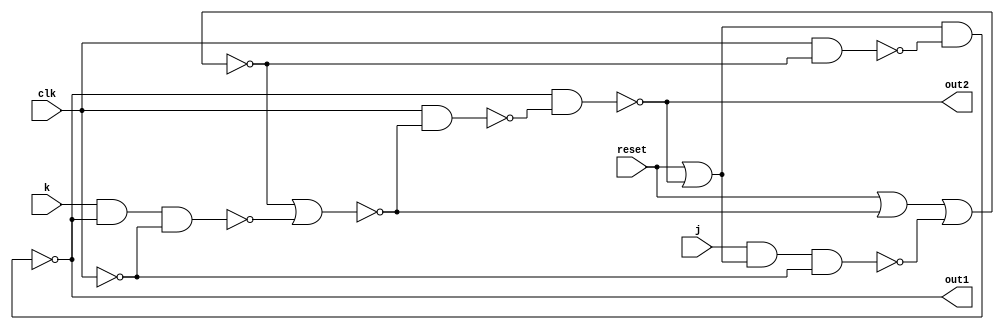
`ifndef __JKLATCHUP_RST__
 `define __JKLATCHUP_RST__

module JKlatchUP_rst (j, k, clk, reset, out1, out2);
   input j, k, clk, reset;
   output out1, out2;

   wire [7:0] line;
   wire       unclock;
   wire [1:0] line_reset;

   or or_reset0(line_reset[0], reset, line[5]);
   or or_reset1(line_reset[1], reset, line[7]);

   not not0(unclock, clk);
   assign line[0] = ~(j & line_reset[1] & unclock);
   nor nor0(line[1], line_reset[0], line[0]);
   nand nand1(line[2], clk, line[1]);
   nand nand2(line[3], line_reset[1], line[2]);
   buf buf0(out1, line[3]);

   assign line[4] = ~(k & line[3] & unclock);
   nor nor1(line[5], line[1], line[4]);
   nand nand4(line[6], clk, line[5]);
   nand nand5(line[7], line[3], line[6]);
   buf buf1(out2, line[7]);

endmodule // JKlatchUP

`endif

`ifndef __JKLATCHDOWN_RST__
 `define __JKLATCHDOWN_RST__

module JKlatchDown_rst(j, k, clk, reset, out1, out2);
   input j, k, clk, reset;
   output out1, out2;

   wire [7:0] line;
   wire       unclock;
   wire [1:0] line_reset;

   or or_reset0(line_reset[0], line[5], reset);
   or or_reset1(line_reset[1], line[7], reset);
   not not0(clk, unclock);

   assign line[0] = ~(j & line_reset[1] & clk);
   nand nand_down0(line[1], line_reset[0], line[0]);
   nand nand1(line[2], unclock, line[1]);
   nand nand2(line[3], line_reset[1], line[2]);
   buf buf0(out1, line[3]);

   assign line[4] = k & line[3] & clk;
   nand nand_down1(line[5], line[1], line[4]);
   nand nand4(line[6], unclock, line[5]);
   nand nand5(line[7], line[4], line[6]);
   buf buf1(out2, line[7]);
   
   
endmodule // JKlatchDown

`endif